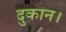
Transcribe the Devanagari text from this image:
दुकान।